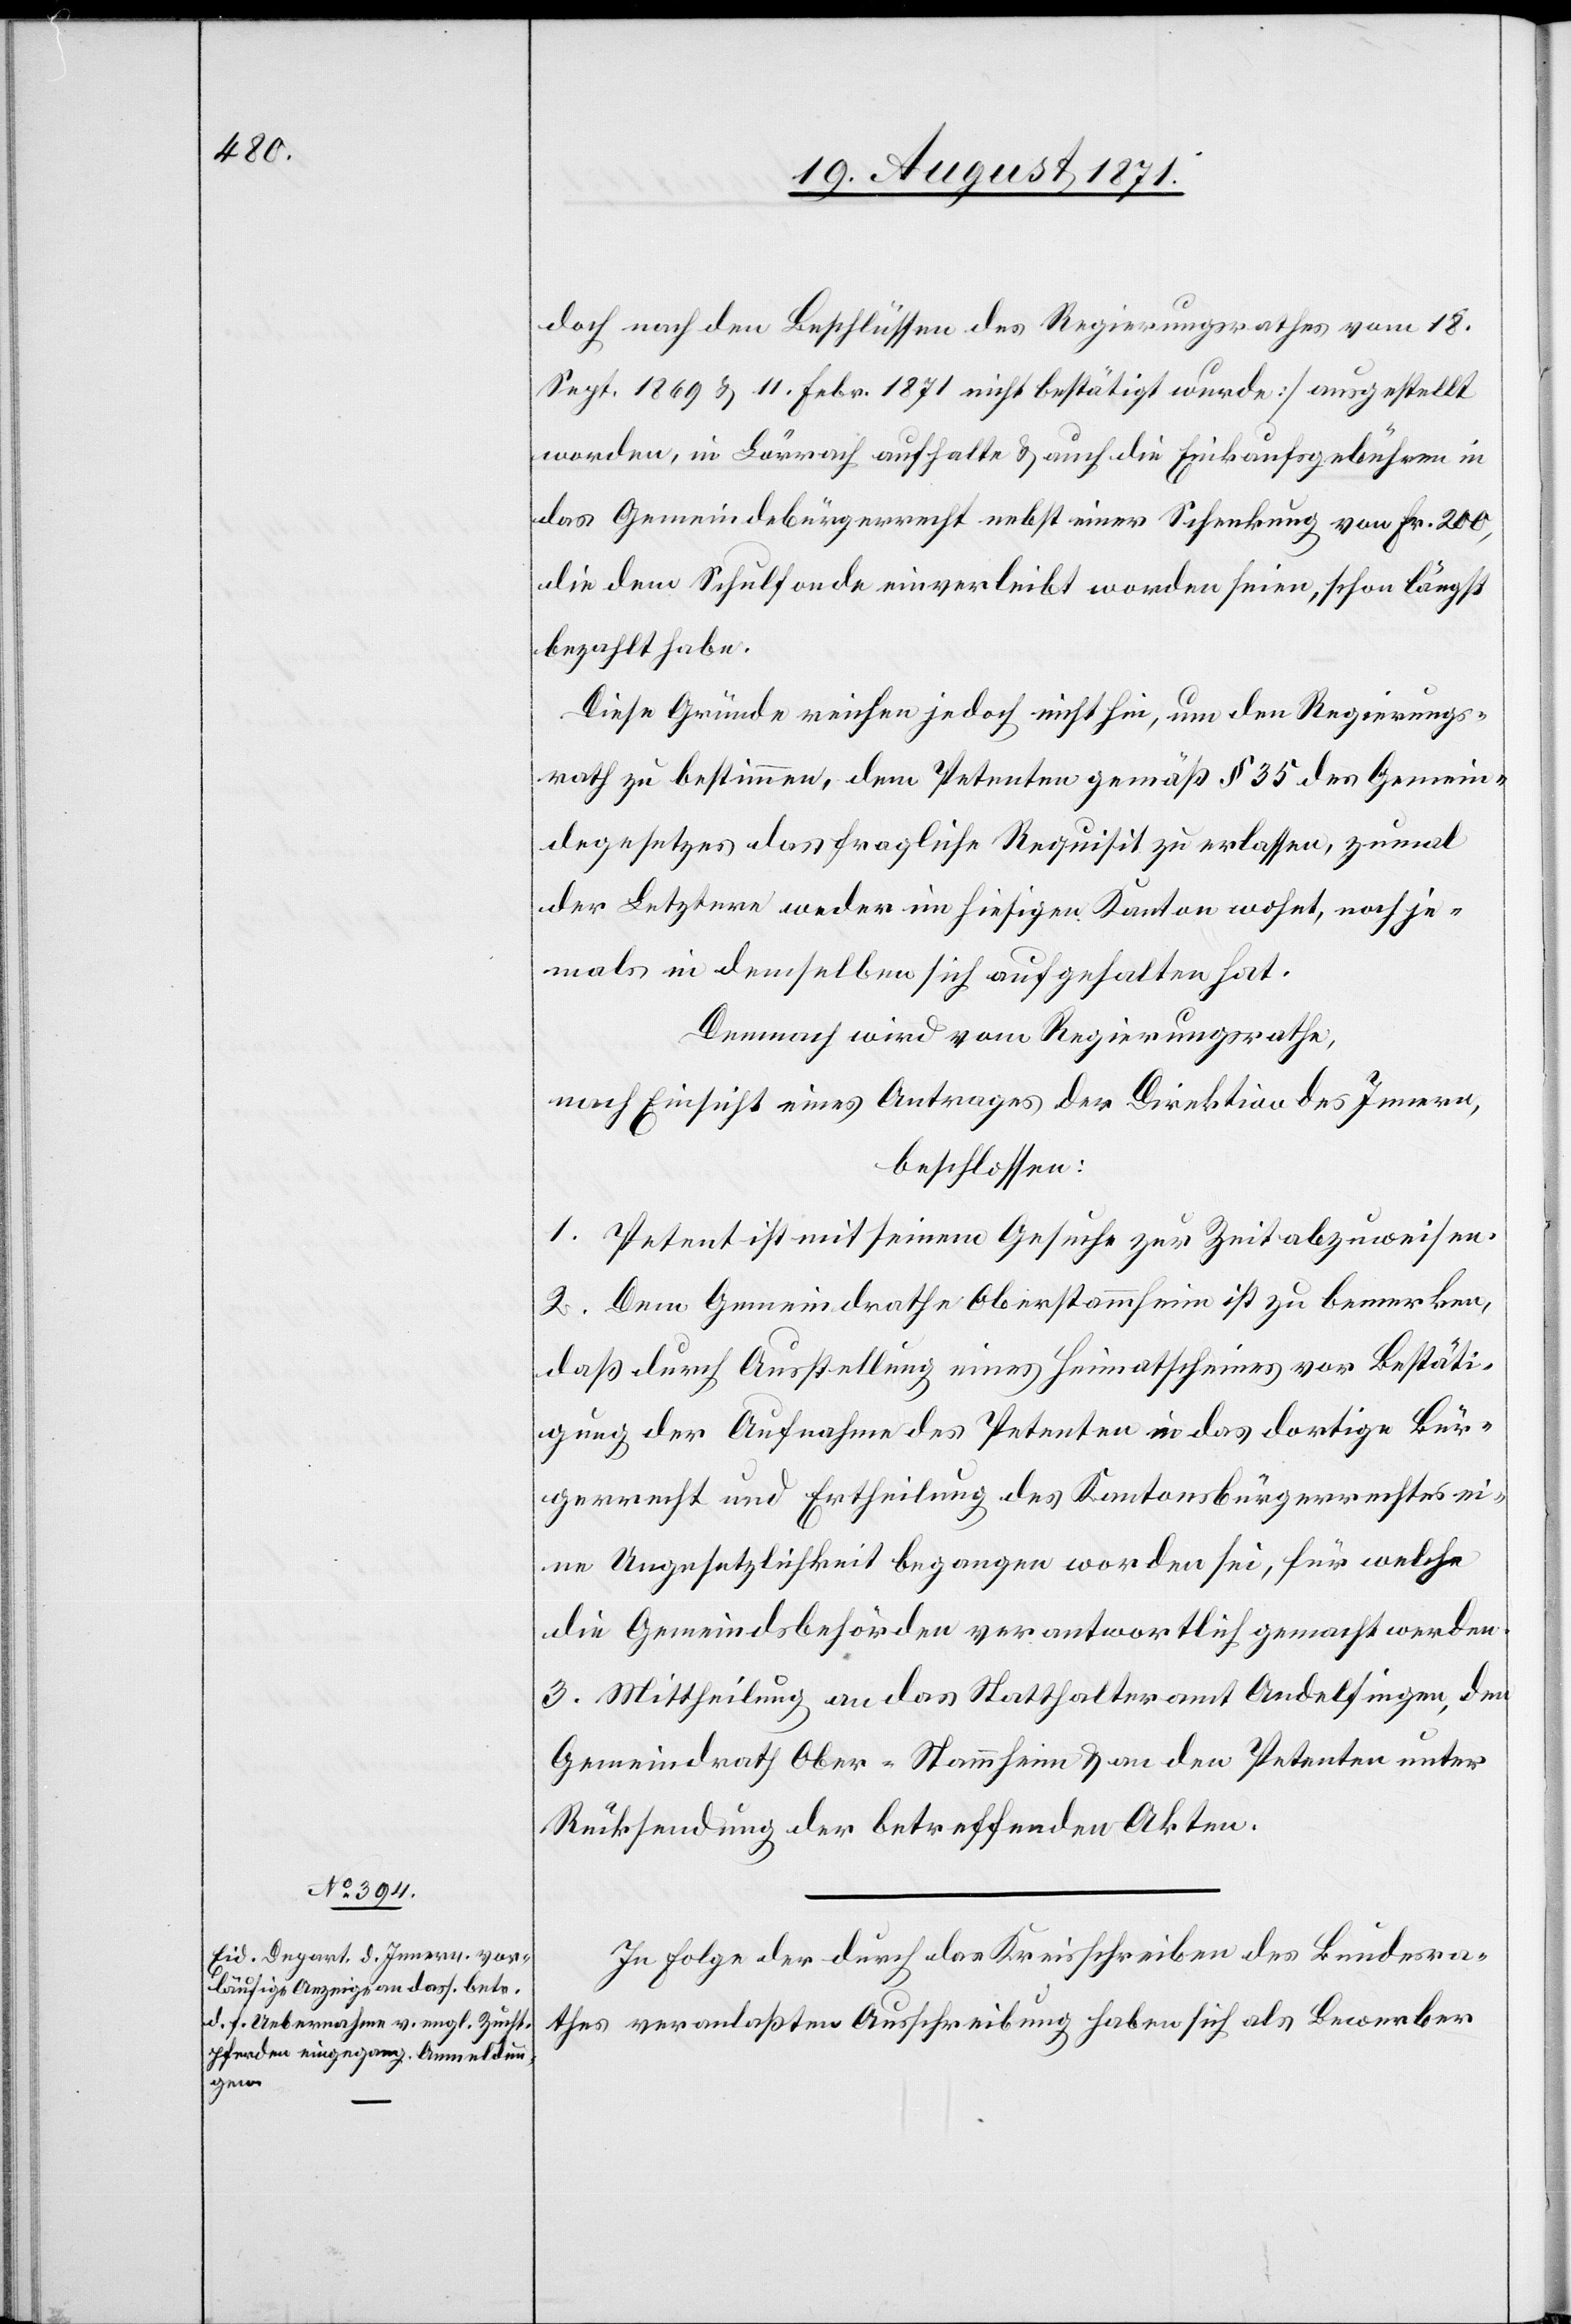
doch nach den Beschlüssen des Regierungsrathes vom 18.
Sept. 1869 & 11. Febr. 1871 nicht bestätigt wurde] ausgestellt
worden, in Lörrach aufhalte & auch die Einkaufsgebühren in
das Gemeindebürgerrecht nebst einer Schenkung von Fr. 200,
die dem Schulfonds einverleibt worden seien, schon längst
bezahlt habe.
Diese Gründe reichen jedoch nicht hin, um den Regierungs¬
rath zu bestimmen, dem Petenten gemäß § 35 das Gemein¬
degesetzes das fragliche Requisit zu erlassen, zumal
der Letztere weder in hiesigem Kanton wohnt, noch je¬
mals in demselben sich aufgehalten hat.
Demnach wird vom Regierungsrathe,
nach Einsicht eines Antrages der Direktion des Innern,
beschlossen:
1. Petent ist mit seinem Gesuche zur Zeit abgewiesen.
2. Dem Gemeindrathe Oberstammheim ist zu bemerken,
daß durch Ausstellung eines Heimatscheines vor Bestäti¬
gung der Aufnahme des Petenten in das dortige Bür¬
gerrecht und Ertheilung des Kantonsbürgerrechts ei¬
ne Ungesetzlichkeit begangen worden sei, für welche
die Gemeindsbehörden verantwortlich gemacht werden.
3. Mittheilung an das Statthalteramt Andelfingen, den
Gemeindrath Ober-Stammheim & an den Petetenten unter
Rücksendung der betreffenden Akten.
In Folge der durch das Kreisschreiben des Bundesra¬
thes veranlassten Ausschreibung haben sich als Bewerber